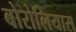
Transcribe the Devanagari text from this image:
बोरोलियास